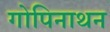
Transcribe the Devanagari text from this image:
गोपिनाथन